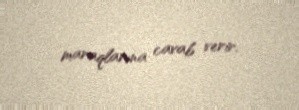
maraqlarına cavab verir.